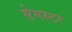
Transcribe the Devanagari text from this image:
सेमस्टर